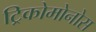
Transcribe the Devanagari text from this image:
ट्रिकोमोनोस